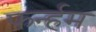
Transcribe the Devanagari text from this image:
फर्न्हम